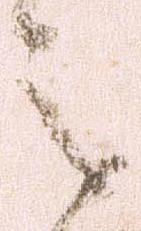
之